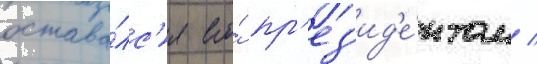
остава́лс'я его́ пр'ез'ид'е́нтом /